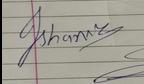
Signature authenticity: genuine